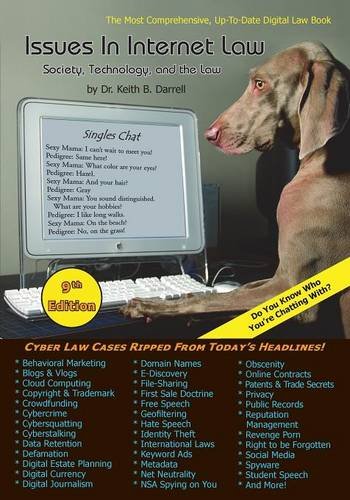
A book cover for Issues in Internet Law: Society, Technology, and the Law, 9th Edition; Keith B. Darrell; Law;